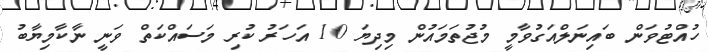
ހުއްޓުވަން ބައިނަލްއަގުވާމީ މުޖުތަމައުން މިދިޔަ 10 އަހަރު ކުރި މަސައްކަތް ވަނީ ނާކާމިޔާބު